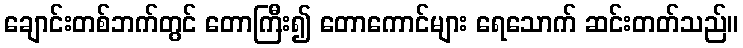
ချောင်းတစ်ဘက်တွင် တောကြီး၍ တောကောင်များ ရေသောက် ဆင်းတတ်သည်။